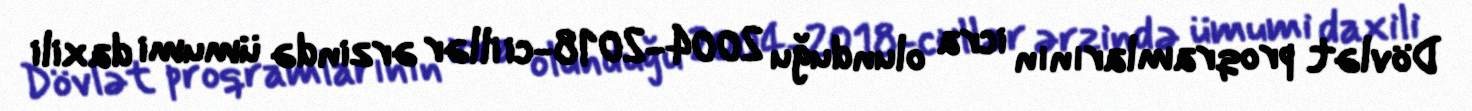
Dövlət proqramlarının icra olunduğu 2004-2018-ci illər ərzində ümumi daxili